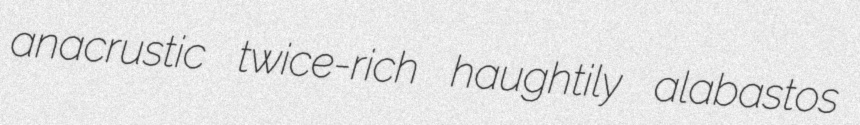
anacrustic twice-rich haughtily alabastos